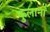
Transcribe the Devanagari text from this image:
फुलानां